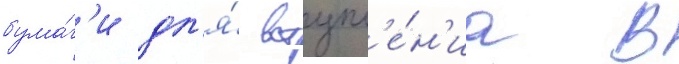
бума́г'и дл'я́ вступл'е́н'иа в